65_HS1-834228961_62-HQ-83894_Section_8
Agency: FBI
Page 24
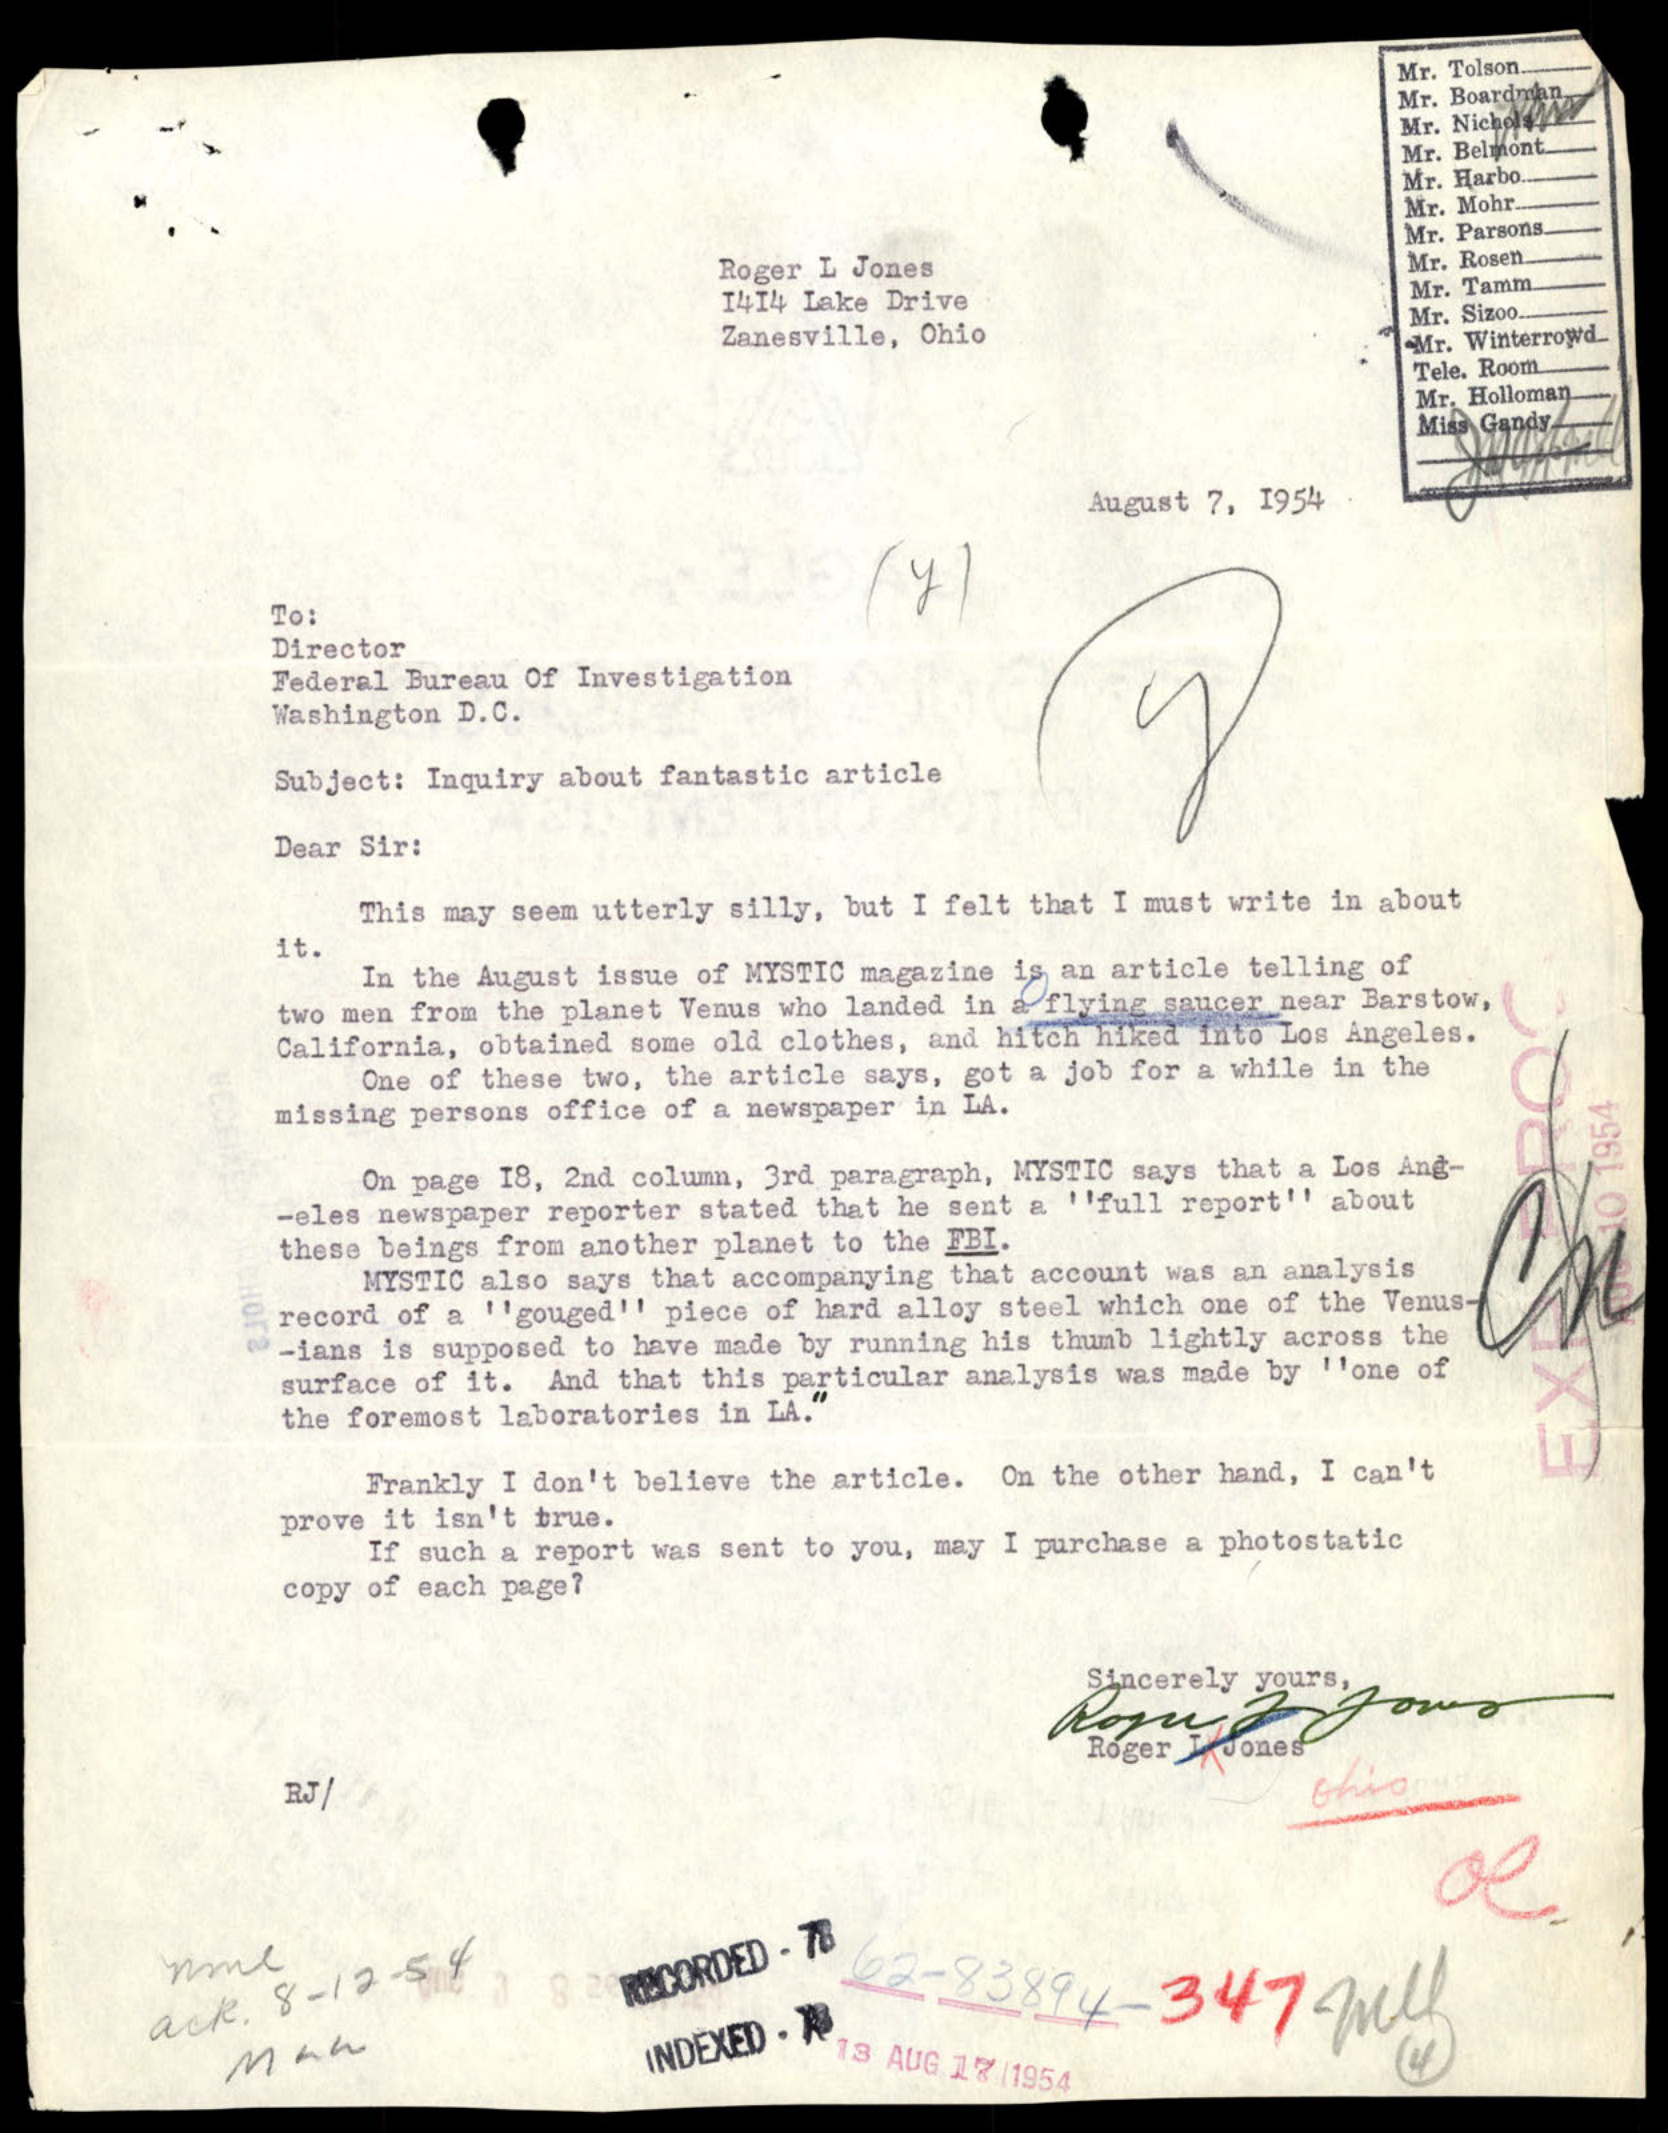